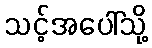
သင့်အပေါ်သို့